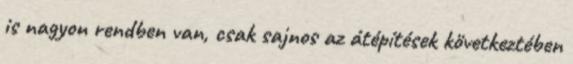
is nagyon rendben van, csak sajnos az átépítések következtében